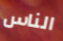
الناس